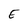
Character: E